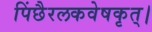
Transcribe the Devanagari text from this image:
पिंछैरलकवेषकृत्‌।